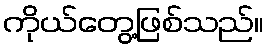
ကိုယ်တွေ့ဖြစ်သည်။